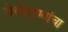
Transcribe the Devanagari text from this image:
मेथीदाण्यांचा